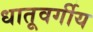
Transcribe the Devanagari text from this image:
धातूवर्गीय